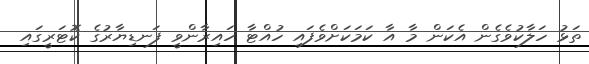
ތަޅު ހަލާކުވެގެން އެކަން މާ އާ ކަމަކަށްވެފައި ހުއްޓާ ހައިރާންވީ ފަނޑިޔާރުގެ ކޮޓަރީގައި